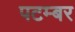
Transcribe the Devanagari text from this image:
पटम्‍बर